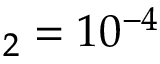
_ 2 = 1 0 ^ { - 4 }